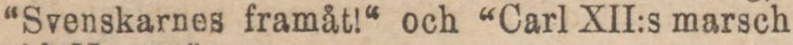
“Svenskarnes framåt!“ och “Carl XII:s marsch